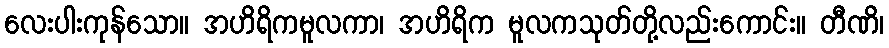
လေးပါးကုန်သော။ အဟိရိကမူလကာ၊ အဟိရိက မူလကသုတ်တို့လည်းကောင်း။ တီဏိ၊